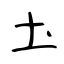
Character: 圡